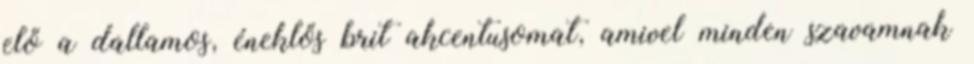
elő a dallamos, éneklős brit akcentusomat, amivel minden szavamnak